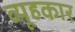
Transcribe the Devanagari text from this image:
व्यूहकार